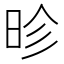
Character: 昣